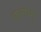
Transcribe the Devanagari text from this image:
धातारम्